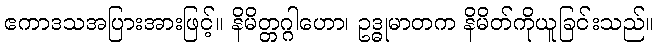
ဧကာဒသအပြားအားဖြင့်။ နိမိတ္တဂ္ဂါဟော၊ ဥဒ္ဓုမာတက နိမိတ်ကိုယူခြင်းသည်။